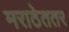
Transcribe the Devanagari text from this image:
मराठेततर